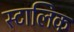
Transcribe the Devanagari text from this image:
स्टालिक